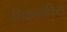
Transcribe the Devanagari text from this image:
सिकाडोफिटा